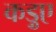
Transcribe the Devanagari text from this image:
कड़ुए